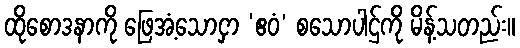
ထိုစောဒနာကို ဖြေအံ့သောငှာ ‘ဧဝံ’ စသောပါဌ်ကို မိန့်သတည်း။